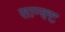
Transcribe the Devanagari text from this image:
सान्क्ट